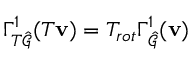
\Gamma _ { T \hat { \mathcal { G } } } ^ { 1 } ( T \mathbf { v } ) = T _ { r o t } \Gamma _ { \hat { \mathcal { G } } } ^ { 1 } ( \mathbf { v } )